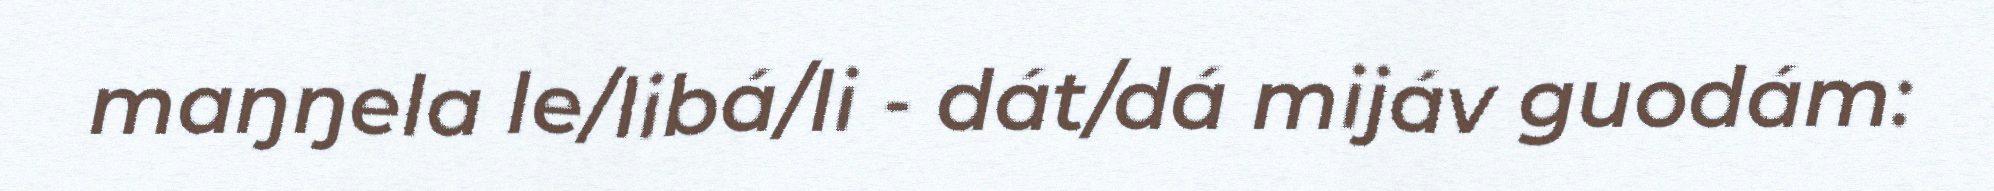
maŋŋela le/libá/li - dát/dá mijáv guodám: